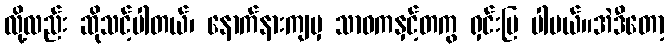
လို့လည်း ဆိုသင့်ပါတယ်၊ နောက်နားကျမှ သာဓကနှင့်တကွ ရှင်းပြ ပါမယ်။အဲဒီတော့